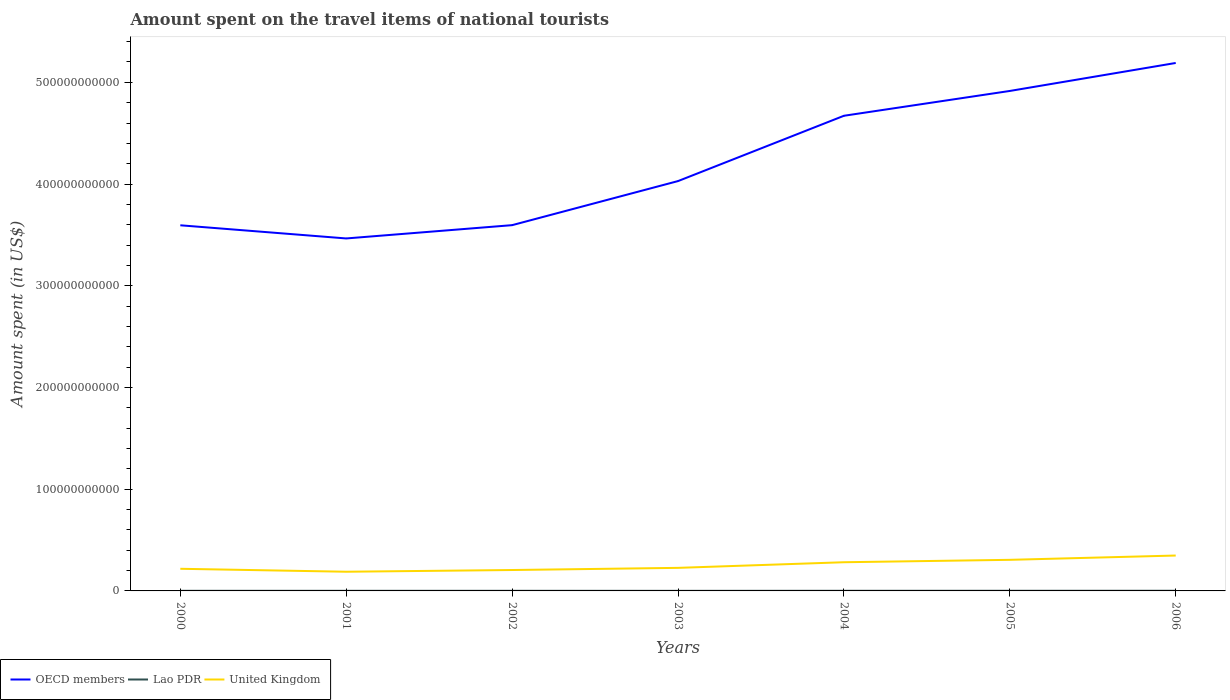
| Years | OECD members | Lao PDR | United Kingdom |
 | --- | --- | --- | --- |
 | 2000 | 3.59e+11 | 1.14e+08 | 2.18e+10 |
 | 2001 | 3.47e+11 | 1.04e+08 | 1.89e+10 |
 | 2002 | 3.6e+11 | 1.07e+08 | 2.05e+10 |
 | 2003 | 4.03e+11 | 7.4e+07 | 2.27e+10 |
 | 2004 | 4.67e+11 | 1.19e+08 | 2.82e+10 |
 | 2005 | 4.92e+11 | 1.39e+08 | 3.06e+10 |
 | 2006 | 5.19e+11 | 1.58e+08 | 3.48e+10 |